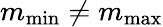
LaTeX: m_{\operatorname*{min}}\neq m_{\operatorname*{max}}